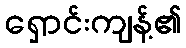
ရှောင်းကျန့်၏